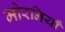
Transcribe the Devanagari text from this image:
मोरनियाँ